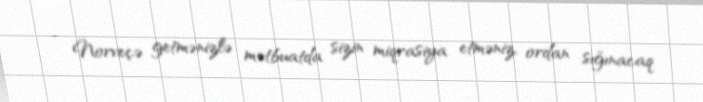
- Norveçə getmənizlə mətbuatda sizin miqrasiya etməniz, ordan sığınacaq